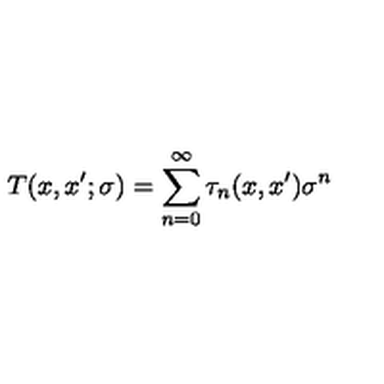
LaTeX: T ( x , x ^ { \prime } ; \sigma ) = \sum _ { n = 0 } ^ { \infty } \tau _ { n } ( x , x ^ { \prime } ) \sigma ^ { n }